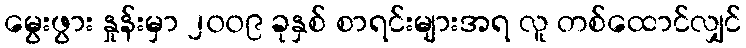
မွေးဖွား နှုန်းမှာ ၂၀၀၉ ခုနှစ် စာရင်းများအရ လူ တစ်ထောင်လျှင်